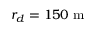
r _ { d } = 1 5 0 ~ \mathrm { m }